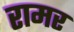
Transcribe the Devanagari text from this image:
रामर